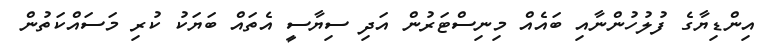
އިންޑިޔާގެ ފުލުހުންނާއި ބައެއް މިނިސްޓަރުން އަދި ސިޔާސީ އެތައް ބަޔަކު ކުރި މަސައްކަތުން